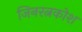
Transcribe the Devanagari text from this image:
जिनरत्नकोश